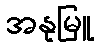
အနုမြူ